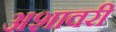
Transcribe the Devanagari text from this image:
अशावरी